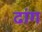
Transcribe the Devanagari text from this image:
ढांग